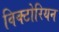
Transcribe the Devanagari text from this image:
विक्‍टोरियन